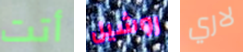
أتت روشيل لاري